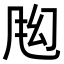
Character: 𬱶